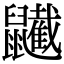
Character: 𪖋